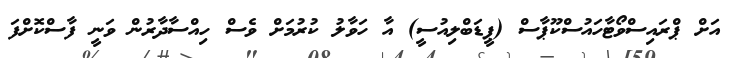
އަށް ޕްރައިސްވޯޓާހައުސްކޫޕާސް (ޕީޑަބްލިއުސީ) އާ ހަވާލު ކުރުމަށް ވެސް ހިއްސާދާރުން ވަނީ ފާސްކޮށްފަ